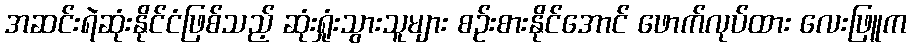
အဆင်းရဲဆုံးနိုင်ငံဖြစ်သည့် ဆုံးရှုံးသွားသူများ စဉ်းစားနိုင်အောင် ဖောက်လုပ်ထား လေးဖြူက